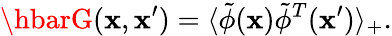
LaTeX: \hbarG(\mathbf{x},\mathbf{x}^{\prime})=\langle\tilde{{\phi}}(\mathbf{x})\tilde{{\phi}}^{T}(\mathbf{x}^{\prime})\rangle_{+}.